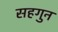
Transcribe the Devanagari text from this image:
सहगुन